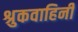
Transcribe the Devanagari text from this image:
श्रुकवाहिनी